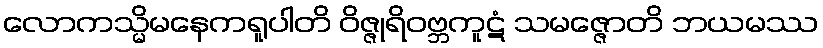
လောကသ္မိမနေကရူပါတိ ဝိဇ္ဇုရိဝဗ္ဘကူဋံ သမဇ္ဇောတိ ဘယမဿ